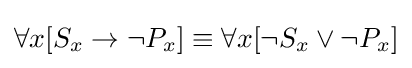
\forall {x}[S_{x}\rightarrow \neg P_{x}]\equiv \forall {x}[\neg S_{x}\lor \neg P_{x}]